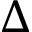
\Delta